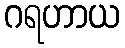
ဂရဟာယ